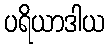
ပရိယာဒါယ